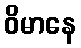
ဝိမာနေ